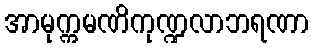
အာမုက္ကမဏိကုဏ္ဍလာဘရဏာ